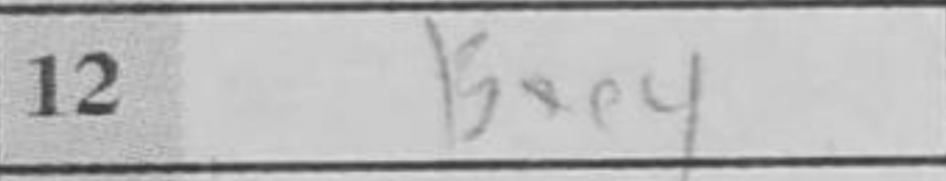
Transcription: Bxe4